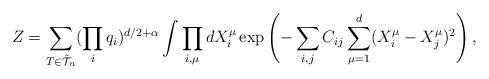
LaTeX: \begin{align*}\protect Z = \sum_{T \in {\tilde{\cal{T}}}_n} (\prod_i q_i)^{d/2 + \alpha} \int \prod_{i,\mu}dX_i^{\mu} \exp \left(- \sum_{i,j} C_{ij}\sum_{\mu=1}^{d} (X_i^{\mu} - X_j^{\mu})^2 \right),\end{align*}